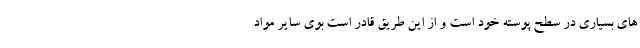
های بسیاری در سطح پوسته خود است و از این طریق قادر است بوی سایر مواد